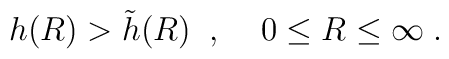
h(R) > \tilde{h}(R) \; \; , \; \; \; \; 0 \le R \le \infty \; .